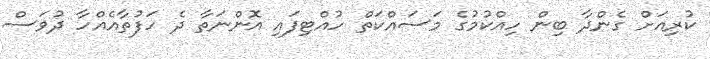
ކުރިއަށް ގެންދާ ބިން ހިއްކުމުގެ މަސައްކަތް ހުއްޓިފައި އޮންނަތާ ދެ ހަފުތާއެއްހާ ދުވަސް